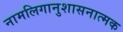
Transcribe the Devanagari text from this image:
नामलिगानुशासनात्मक